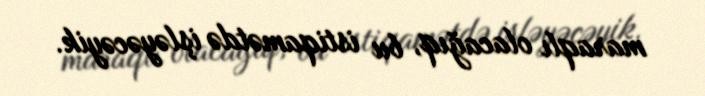
maraqlı olacağıq, bu istiqamətdə işləyəcəyik.